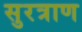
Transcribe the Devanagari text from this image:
सुरत्राण